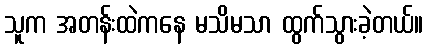
သူက အတန်းထဲကနေ မသိမသာ ထွက်သွားခဲ့တယ်။